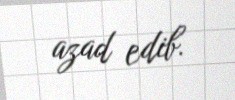
azad edib.